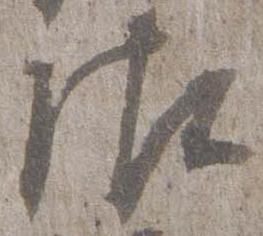
御